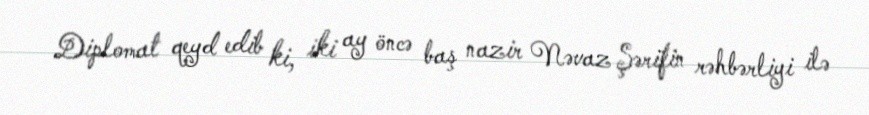
Diplomat qeyd edib ki, iki ay öncə baş nazir Nəvaz Şərifin rəhbərliyi ilə